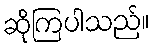
ဆိုကြပါသည်။